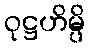
ဝုဋ္ဌဟိမ္ပိ